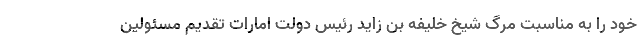
خود را به مناسبت مرگ شیخ خلیفه بن زاید رئیس دولت امارات تقدیم مسئولین